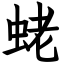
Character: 蛯